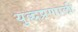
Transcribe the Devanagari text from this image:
युद्धप्रणाली